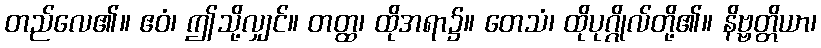
တည်လေ၏။ ဧဝံ၊ ဤသို့လျှင်။ တတ္ထ၊ ထိုအရာ၌။ တေသံ၊ ထိုပုဂ္ဂိုလ်တို့၏။ နိဗ္ဗတ္တိယာ၊